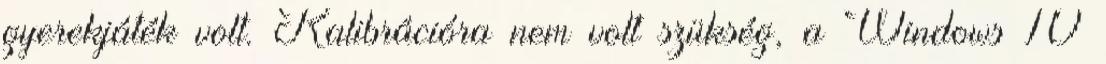
gyerekjáték volt. Kalibrációra nem volt szükség, a Windows 10